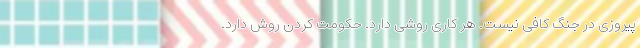
پیروزی در جنگ کافی نیست. هر کاری روشی دارد. حکومت کردن روش دارد.